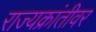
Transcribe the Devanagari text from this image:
राज्यक्रांतीवर